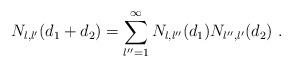
LaTeX: \begin{align*}N_{l,l'} (d_1 + d_2) = \sum_{l'' = 1}^{\infty} N_{l,l''} (d_1) N_{l'',l'} (d_2)\ . \end{align*}